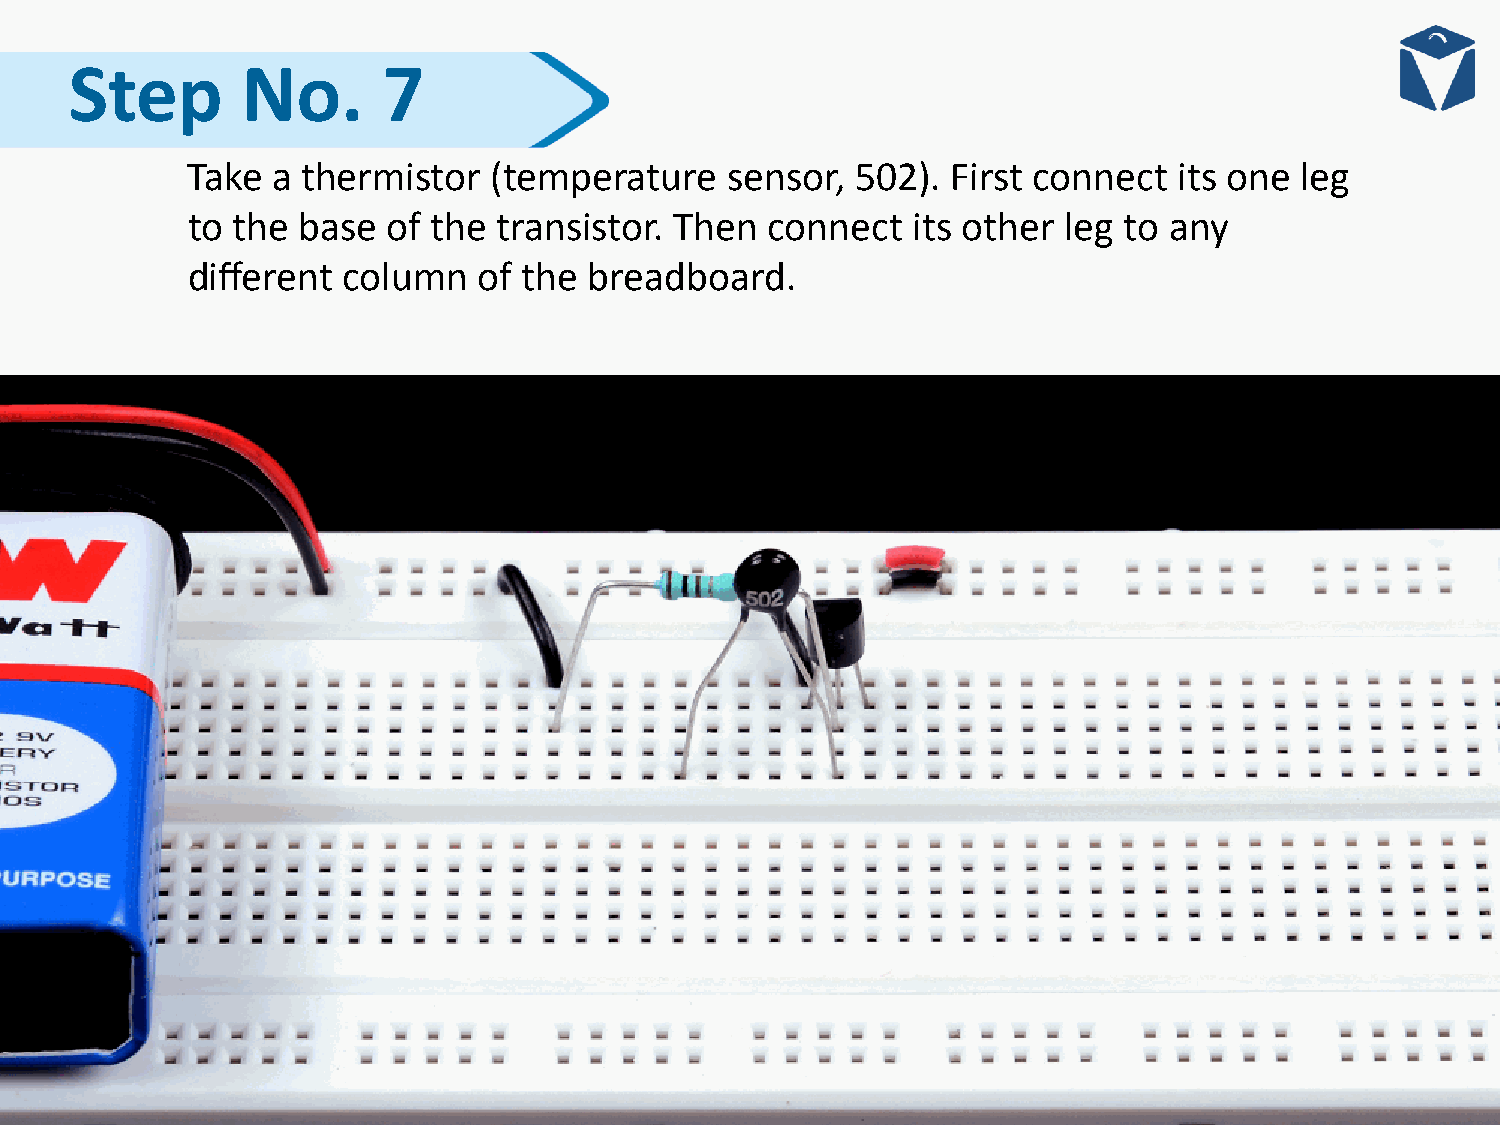
Step       No.      7
 Take  a thermistor   (temperature   sensor,  502). First connect  its one leg
 to the  base  of the transistor. Then  connect  its other leg to any
 different  column   of the breadboard.